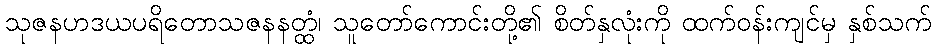
သုဇနဟဒယပရိတောသဇနနတ္ထံ၊ သူတော်ကောင်းတို့၏ စိတ်နှလုံးကို ထက်ဝန်းကျင်မှ နှစ်သက်